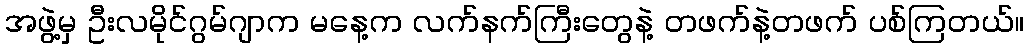
အဖွဲ့မှ ဦးလမိုင်ဂွမ်ဂျာက မနေ့က လက်နက်ကြီးတွေနဲ့ တဖက်နဲ့တဖက် ပစ်ကြတယ်။